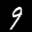
Label: 9